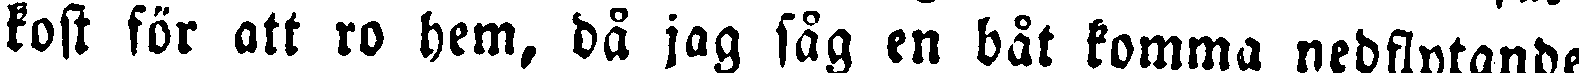
kost för att ro hem, då jag såg en båt komma nedflytande